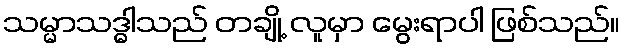
သမ္မာသဒ္ဓါသည် တချို့ လူမှာ မွေးရာပါ ဖြစ်သည်။